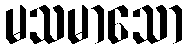
မသမာသော